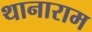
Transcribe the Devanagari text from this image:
थानाराम